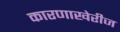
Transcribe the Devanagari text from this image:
कारणाखेरीज